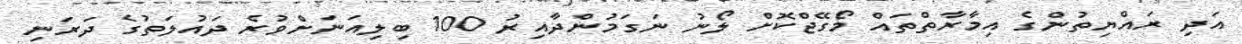
އަދި ރައްޔިތުންގެ އިމާރާތްތައް މޯގޭޖްކޮށް ލޯނު ނަގަމުންދާއިރު 100 ބިލިއަނަށްވުރެ ދައުލަތުގެ ދަރަނި